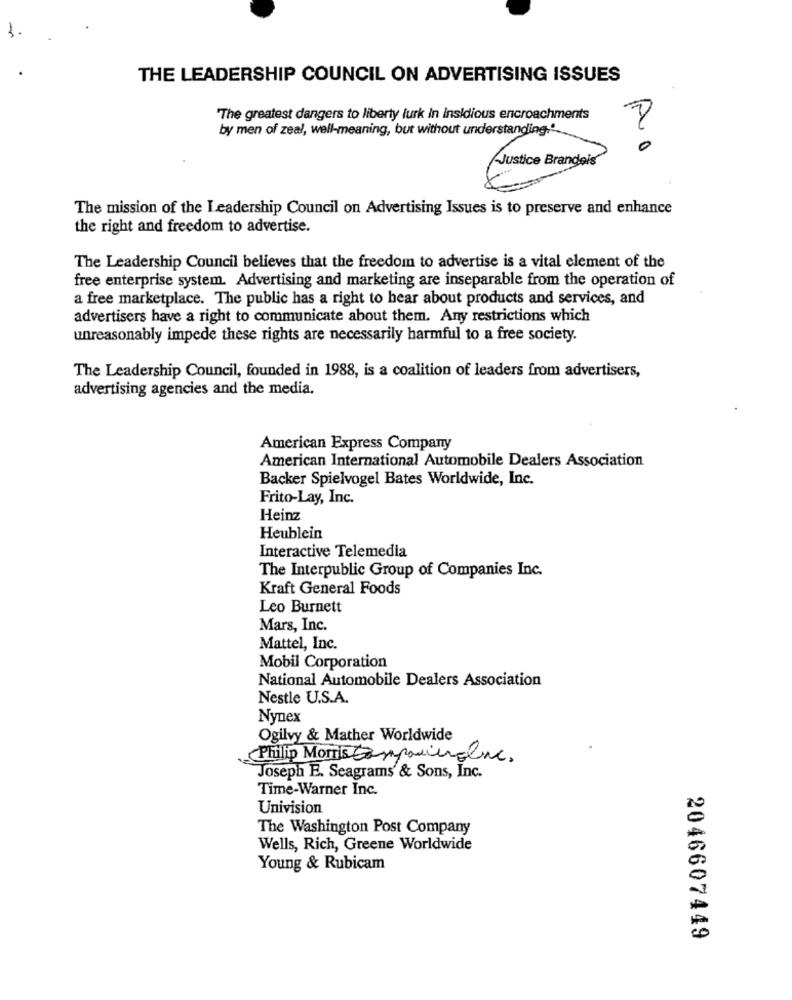
3.
THE LEADERSHIP COUNCIL ON ADVERTISING ISSUES
The greatest dangers to liberty lurk in insidious encroachments
by men of zeal, well-meaning, but without understanding."
0
Justice Brandeis
The mission of the Leadership Council on Advertising Issues is to preserve and enhance
the right and freedom to advertise.
The Leadership Council believes that the freedom to advertise is a vital element of the
free enterprise system. Advertising and marketing are inseparable from the operation of
a free marketplace. The public has a right to hear about products and services, and
advertisers have a right to communicate about them. Any restrictions which
unreasonably impede these rights are necessarily harmful to a free society.
The Leadership Council, founded in 1988, is a coalition of leaders from advertisers,
advertising agencies and the media.
American Express Company
American International Automobile Dealers Association
Backer Spielvogel Bates Worldwide, Inc.
Frito-Lay, Inc.
Heinz
Heublein
Interactive Telemedia
The Interpublic Group of Companies Inc.
Kraft General Foods
Leo Burnett
Mars, Inc.
Mattel, Inc.
Mobil Corporation
National Automobile Dealers Association
Nestle U.S.A.
Nynex
Ogilvy & Mather Worldwide
Philip Morris Companieroline.
Joseph E. Seagrams & Sons, Inc.
Time-Warner Inc.
Univision
The Washington Post Company
Wells, Rich, Greene Worldwide
Young & Rubicam
2046607449